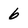
Character: 6